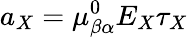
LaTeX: a_{X}=\mu_{\beta\alpha}^{0}E_{X}\tau_{X}